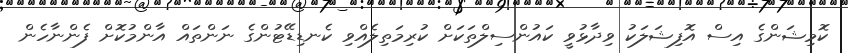
ކޮމިޝަންގެ އިސް އޮފިޝަލަކު ވިދާޅުވީ ކައުންސިލްތަކަށް ކުރިމަތިލެއްވި ކެނޑިޑޭޓުންގެ ނަންތައް އާންމުކޮށް ފެންނާހެން